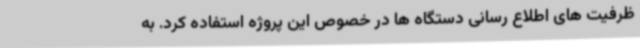
ظرفیت های اطلاع رسانی دستگاه ها در خصوص این پروژه استفاده کرد. به